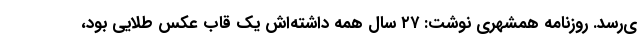
ی‌رسد. روزنامه همشهری نوشت: ۲۷ سال همه داشته‌اش یک قاب عکس طلایی بود،